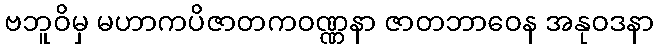
ဗဘူဝိမှ မဟာကပိဇာတကဝဏ္ဏနာ ဇာတဘာဝေန အနုဝဒနာ